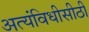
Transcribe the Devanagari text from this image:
अत्यंविधीसीठी